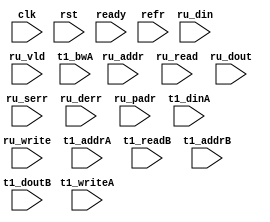
module algo_1ru_b2_sva_wrap
#(parameter IP_WIDTH = 32, parameter IP_BITWIDTH = 5, parameter IP_DECCBITS = 7, parameter IP_NUMADDR = 8192, parameter IP_BITADDR = 13, 
parameter IP_NUMVBNK = 4,	parameter IP_BITVBNK = 2, parameter IP_BITPBNK = 3,
parameter IP_ENAECC = 0, parameter IP_ENAPAR = 0, parameter IP_SECCBITS = 4, parameter IP_SECCDWIDTH = 3, 
parameter FLOPECC = 0, parameter FLOPIN = 0, parameter FLOPOUT = 0, parameter FLOPCMD = 0, parameter FLOPMEM = 0,

parameter T1_WIDTH = 64, parameter T1_NUMVBNK = 1, parameter T1_BITVBNK = 1, parameter T1_DELAY = 1,
parameter T1_BITWSPF = 0, parameter T1_NUMWRDS = 1, parameter T1_BITWRDS = 1,  parameter T1_NUMSROW = 4096, parameter T1_BITSROW = 12, parameter T1_PHYWDTH = 128,
parameter T1_NUMVROW = 8192, parameter T1_BITVROW = 13
)

(clk, rst, ready, ru_write, ru_addr, ru_din, ru_read, ru_dout, ru_vld, ru_serr, ru_derr, ru_padr,
 t1_writeA, t1_addrA, t1_dinA, t1_bwA, t1_readB, t1_addrB, t1_doutB, refr);

  parameter WIDTH = IP_WIDTH;
  parameter BITWDTH = IP_BITWIDTH;
  parameter NUMRUPT = 1;
  parameter NUMADDR = IP_NUMADDR;
  parameter BITADDR = IP_BITADDR;
  parameter NUMVROW = T1_NUMVROW;
  parameter BITVROW = T1_BITVROW;
  parameter NUMVBNK = IP_NUMVBNK;
  parameter BITVBNK = IP_BITVBNK;
  parameter SRAM_DELAY = T1_DELAY;
  parameter NUMWRDS = T1_NUMWRDS;      // ALIGN Parameters
  parameter BITWRDS = T1_BITWRDS;
  parameter NUMSROW = T1_NUMSROW;
  parameter BITSROW = T1_BITSROW;      
  parameter PHYWDTH = T1_PHYWDTH;
  parameter BITPADR = BITVBNK+BITSROW+BITWRDS+1;

  input                                            ru_write;
  input [BITADDR-1:0]                              ru_addr;
  input [WIDTH-1:0]                                ru_din;

  input [NUMRUPT-1:0]                              ru_read;
  input [NUMRUPT-1:0]                             ru_vld;
  input [NUMRUPT*WIDTH-1:0]                       ru_dout;
  input [NUMRUPT-1:0]                             ru_serr;
  input [NUMRUPT-1:0]                             ru_derr;
  input [NUMRUPT*BITPADR-1:0]                     ru_padr;

  input                                           ready;
  input                                            clk, rst;

  input [NUMRUPT*NUMVBNK-1:0]                     t1_writeA;
  input [NUMRUPT*NUMVBNK*BITSROW-1:0]   		   t1_addrA;
  input [NUMRUPT*NUMVBNK*PHYWDTH-1:0]             t1_dinA;
  input [NUMRUPT*NUMVBNK*PHYWDTH-1:0]             t1_bwA;

  input [NUMRUPT*NUMVBNK-1:0]                     t1_readB;
  input [NUMRUPT*NUMVBNK*BITSROW-1:0]   		   t1_addrB;
  input  [NUMRUPT*NUMVBNK*PHYWDTH-1:0]             t1_doutB;

  input  refr;

endmodule